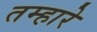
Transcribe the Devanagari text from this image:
तम्हारे